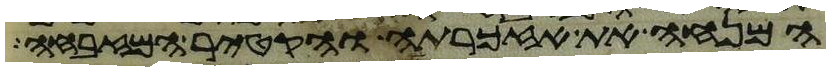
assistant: המנחה את אזכרתה והקטיר המזבחה